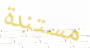
مستندة